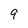
Character: 9